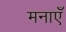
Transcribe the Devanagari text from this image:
मनाएँ